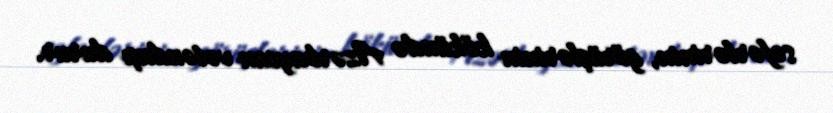
səfərlərinin, görüşlərinin kökündə Azərbaycan vətəndaşı durur.